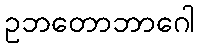
ဥဘတောဘာဂေါ